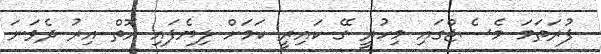
ފުރަތަމަ މެސެޖްގައި މިހުރީ ގޭ ކައިރީ ކަމަށް ލިޔެފައި އޮތް އިރު ދެވަނަ